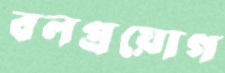
বলপ্রয়োগ